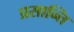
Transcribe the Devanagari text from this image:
प्रसान्ति